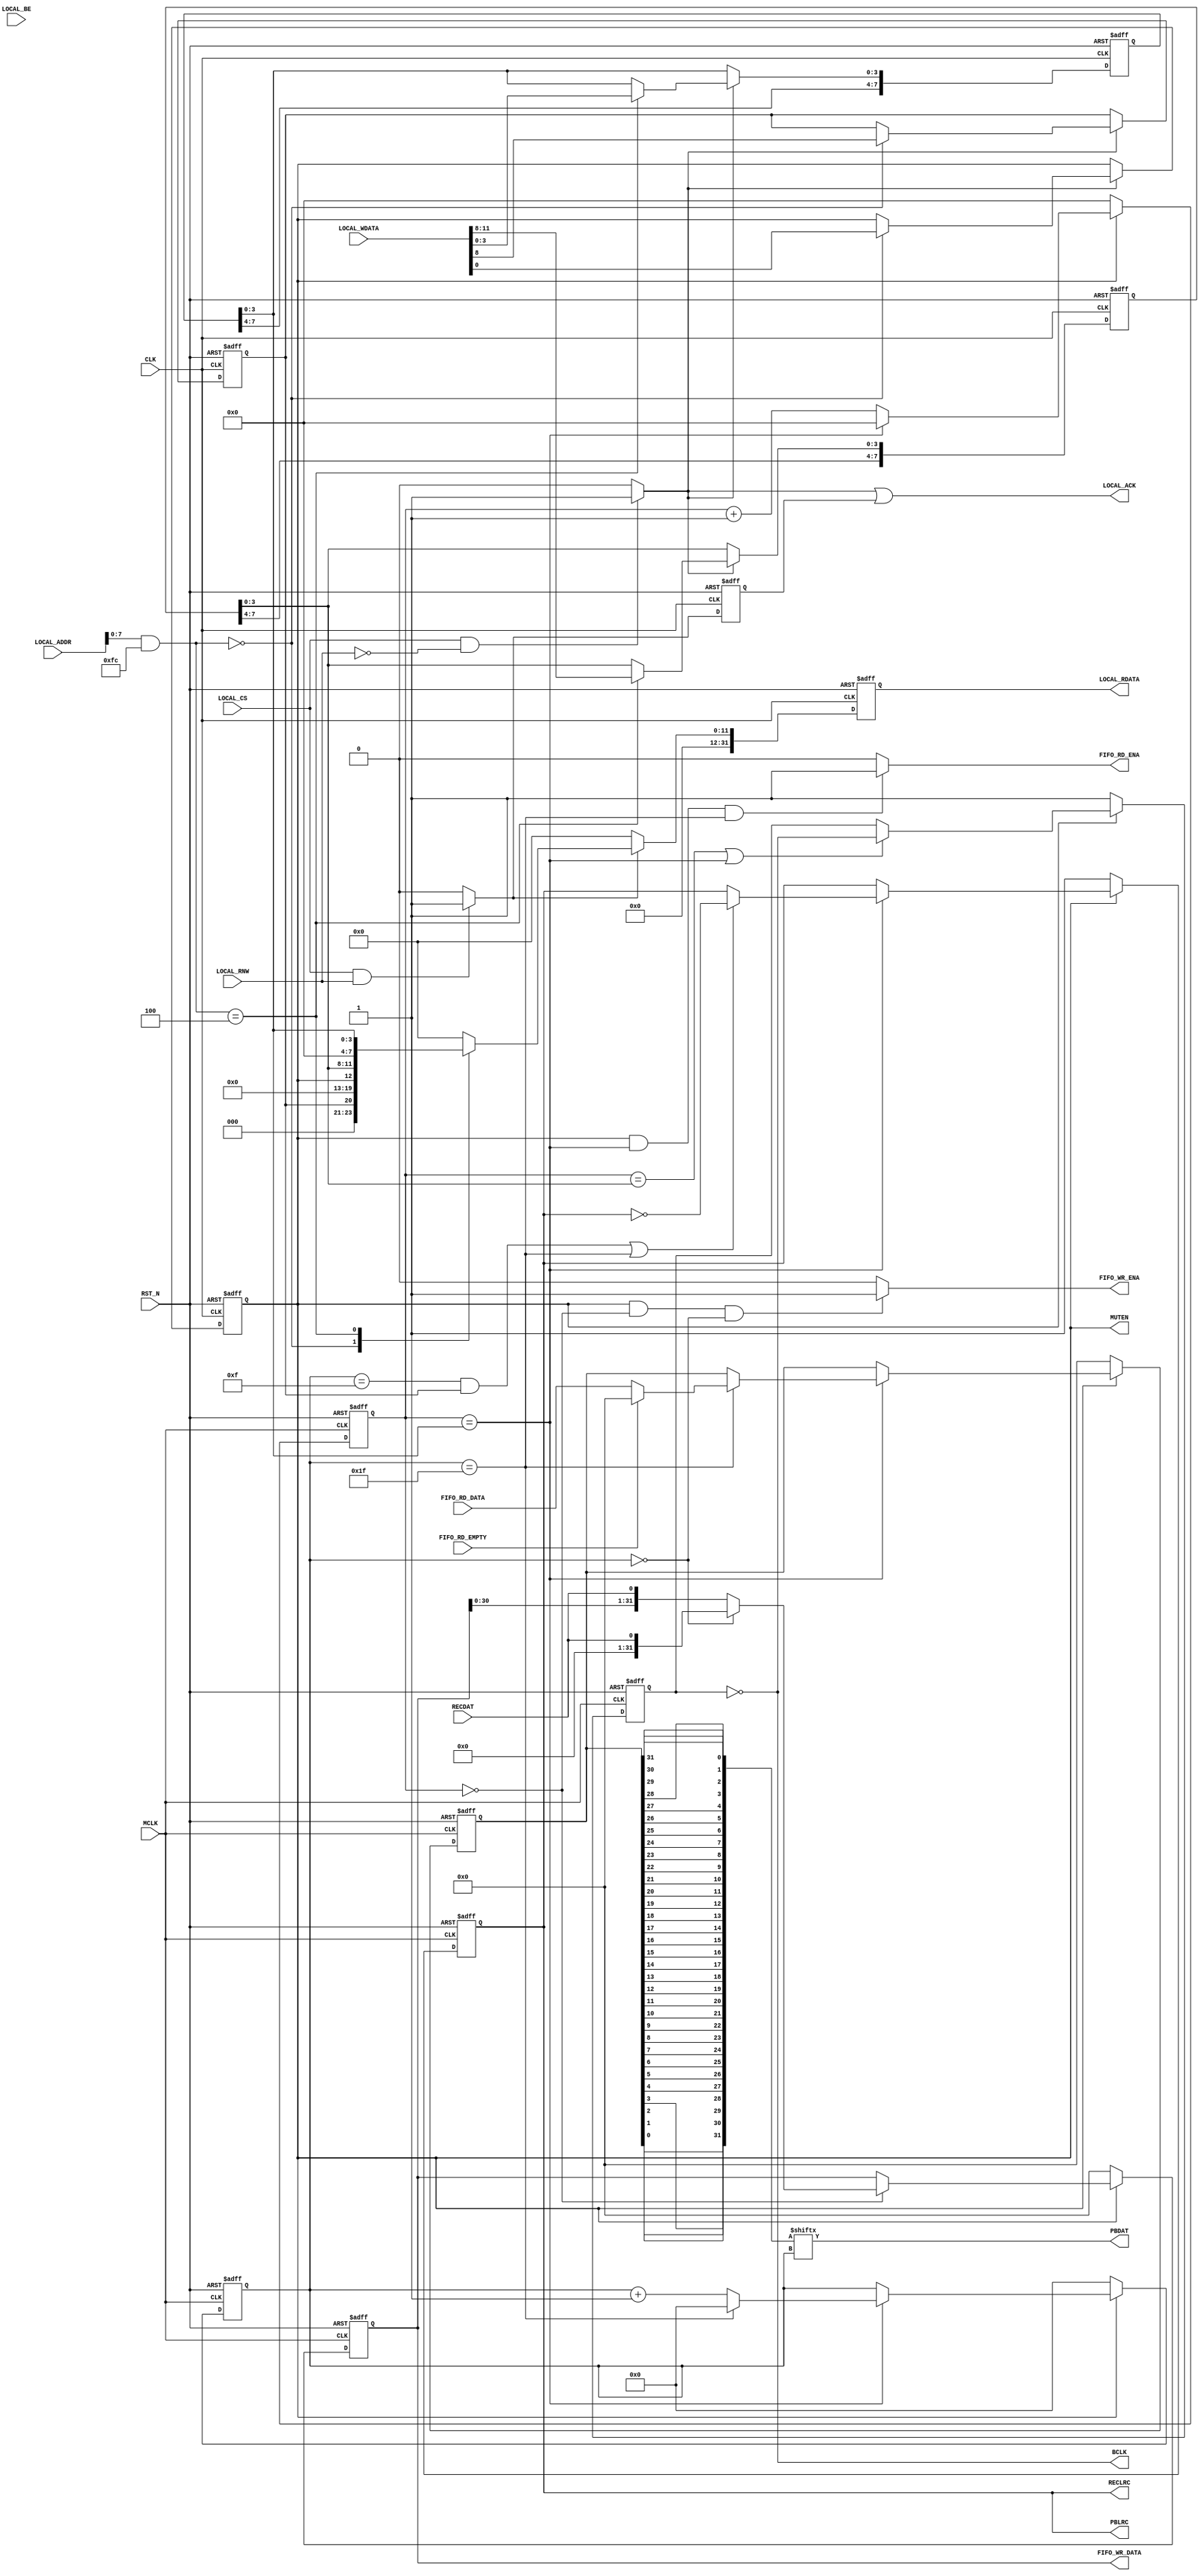
/*
 * Copyright (C)2014-2015 AQUAXIS TECHNOLOGY.
 *  Don't remove this header.
 * When you use this source, there is a need to inherit this header.
 *
 * License
 *  For no commercial -
 *   License:     The Open Software License 3.0
 *   License URI: http://www.opensource.org/licenses/OSL-3.0
 *
 *  For commmercial -
 *   License:     AQUAXIS License 1.0
 *   License URI: http://www.aquaxis.com/licenses
 *
 * For further information please contact.
 *	URI:    http://www.aquaxis.com/
 */
module aq_ssm2603(
  input         RST_N,
  input         CLK,

  input         LOCAL_CS,
  input         LOCAL_RNW,
  output        LOCAL_ACK,
  input [31:0]  LOCAL_ADDR,
  input [3:0]   LOCAL_BE,
  input [31:0]  LOCAL_WDATA,
  output [31:0] LOCAL_RDATA,

  output        MUTEN,

  input         MCLK,

  output		BCLK,
  output		PBLRC,
  output		PBDAT,
  output		RECLRC,
  input			RECDAT,

  input			FIFO_RD_EMPTY,
  output		FIFO_RD_ENA,
  input [31:0]	FIFO_RD_DATA,
  output		FIFO_WR_ENA,
  output [31:0]	FIFO_WR_DATA
);

  localparam A_MODE      = 8'h00;
  localparam A_CLK       = 8'h04;

  wire        wr_ena, rd_ena, wr_ack;
  reg         rd_ack;
  reg [31:0]	reg_rdata;

	reg			reg_ena, reg_mode16;
	reg [7:0]	reg_clk_max, reg_clk_half;

  assign wr_ena = (LOCAL_CS & ~LOCAL_RNW)?1'b1:1'b0;
  assign rd_ena = (LOCAL_CS &  LOCAL_RNW)?1'b1:1'b0;
  assign wr_ack = wr_ena;

  // Write Register
  always @(posedge CLK or negedge RST_N) begin
    if(!RST_N) begin
      reg_ena	<= 1'b0;
      reg_mode16	<= 1'b0;
      reg_clk_half[7:0]	<= 8'd0;
      reg_clk_max[7:0]	<= 8'd0;
    end else begin
      if(wr_ena) begin
        case(LOCAL_ADDR[7:0] & 8'hFC)
          A_MODE: begin
			reg_ena				<= LOCAL_WDATA[0];
			reg_mode16			<= LOCAL_WDATA[8];
          end
          A_CLK: begin
			reg_clk_max[3:0]	<= LOCAL_WDATA[3:0];
			reg_clk_half[3:0]	<= LOCAL_WDATA[11:8];
          end
          default: begin
          end
        endcase
      end
    end
  end

  assign MUTEN  = reg_ena;

  // Read Register
  always @(posedge CLK or negedge RST_N) begin
    if(!RST_N) begin
      reg_rdata[31:0] <= 32'd0;
      rd_ack <= 1'b0;
    end else begin
      rd_ack <= rd_ena;
      if(rd_ena) begin
        case(LOCAL_ADDR[7:0] & 8'hFC)
          A_MODE: begin
            reg_rdata[31:0] <= {16'd0, 7'd0, reg_mode16, 7'd0, reg_ena};
          end
          A_CLK: begin
            reg_rdata[31:0] <= {16'd0, 4'd0, reg_clk_half[3:0], 4'd0, reg_clk_max[3:0]};
          end
          default: begin
            reg_rdata[31:0] <= 32'd0;
          end
        endcase
      end else begin
        reg_rdata[31:0] <= 32'd0;
      end
    end
  end

  assign LOCAL_ACK         = (wr_ack | rd_ack);
  assign LOCAL_RDATA[31:0] = reg_rdata[31:0];

	reg			r_clk;
	reg [3:0]	clk_count;
	reg [4:0]	bit_count;
	reg [31:0]	pdata, rdata;
	reg			lr;

	// BCLK
	always @(posedge MCLK or negedge RST_N) begin
		if(!RST_N) begin
			r_clk			<= 1'b1;
			clk_count[3:0]	<= 0;
			bit_count		<= 0;
			pdata			<= 0;
			lr				<= 1'b1;
		end else begin
			if(reg_ena) begin
				if((clk_count[3:0] == reg_clk_half[3:0]) || (clk_count[3:0] == reg_clk_max[3:0])) begin
					r_clk			<= ~r_clk;
				end
				if(clk_count[3:0] == reg_clk_max[3:0]) begin
					clk_count[3:0]	<= 0;
					if(((bit_count == 15) && (reg_mode16 == 1)) || (bit_count == 31)) begin
						lr	<= ~lr;
					end
					if(bit_count == 31) begin
						bit_count	<= 0;
						if(!FIFO_RD_EMPTY) begin
							pdata	<= FIFO_RD_DATA;
						end else begin
							pdata	<= 0;
						end
					end else begin
						bit_count	<= bit_count +1;
					end
				end else begin
					clk_count[3:0]	<= clk_count[3:0] + 16'd1;
				end
			end else begin
				r_clk			<= 1'b1;
				clk_count[3:0]	<= 0;
				bit_count		<= 0;
				pdata			<= 0;
				lr				<= 1'b1;
			end
		end
	end

wire [31:0]	pdata_w;
assign pdata_w[31] = pdata[0];
assign pdata_w[30] = pdata[1];
assign pdata_w[29] = pdata[2];
assign pdata_w[28] = pdata[3];
assign pdata_w[27] = pdata[4];
assign pdata_w[26] = pdata[5];
assign pdata_w[25] = pdata[6];
assign pdata_w[24] = pdata[7];
assign pdata_w[23] = pdata[8];
assign pdata_w[22] = pdata[9];
assign pdata_w[21] = pdata[10];
assign pdata_w[20] = pdata[11];
assign pdata_w[19] = pdata[12];
assign pdata_w[18] = pdata[13];
assign pdata_w[17] = pdata[14];
assign pdata_w[16] = pdata[15];
assign pdata_w[15] = pdata[16];
assign pdata_w[14] = pdata[17];
assign pdata_w[13] = pdata[18];
assign pdata_w[12] = pdata[19];
assign pdata_w[11] = pdata[20];
assign pdata_w[10] = pdata[21];
assign pdata_w[9]  = pdata[22];
assign pdata_w[8]  = pdata[23];
assign pdata_w[7]  = pdata[24];
assign pdata_w[6]  = pdata[25];
assign pdata_w[5]  = pdata[26];
assign pdata_w[4]  = pdata[27];
assign pdata_w[3]  = pdata[28];
assign pdata_w[2]  = pdata[29];
assign pdata_w[1]  = pdata[30];
assign pdata_w[0]  = pdata[31];

	assign BCLK			= ~r_clk;

	assign FIFO_RD_ENA	= (reg_ena && (clk_count == reg_clk_max[3:0]) && (bit_count == 31))?1'b1:1'b0;
	assign PBLRC		= lr;
	assign PBDAT		= pdata_w[bit_count];

	// Rec Data
	always @(posedge MCLK or negedge RST_N) begin
		if(!RST_N) begin
			rdata	<= 0;
		end else begin
			if(reg_ena) begin
				if(clk_count == 0) begin
					if(bit_count == 0) begin
//						rdata	<= {RECDAT, 31'd0};
						rdata	<= {31'd0, RECDAT};
					end else begin
//						rdata	<= {RECDAT, rdata[31:1]};
						rdata	<= {rdata[30:0], RECDAT};
					end
				end
			end else begin
				rdata	<= 0;
			end
		end
	end

	assign RECLRC	= lr;

	assign FIFO_WR_DATA	= rdata;
	assign FIFO_WR_ENA	= (reg_ena && (clk_count == 0) && (bit_count == 0))?1'b1:1'b0;
endmodule